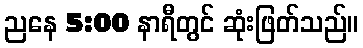
ညနေ 5:00 နာရီတွင် ဆုံးဖြတ်သည်။